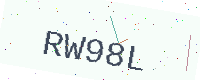
Text: RW98L